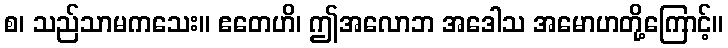
စ၊ သည်သာမကသေး။ ဧတေဟိ၊ ဤအလောဘ အဒေါသ အမောဟတို့ကြောင့်။